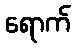
ရောက်